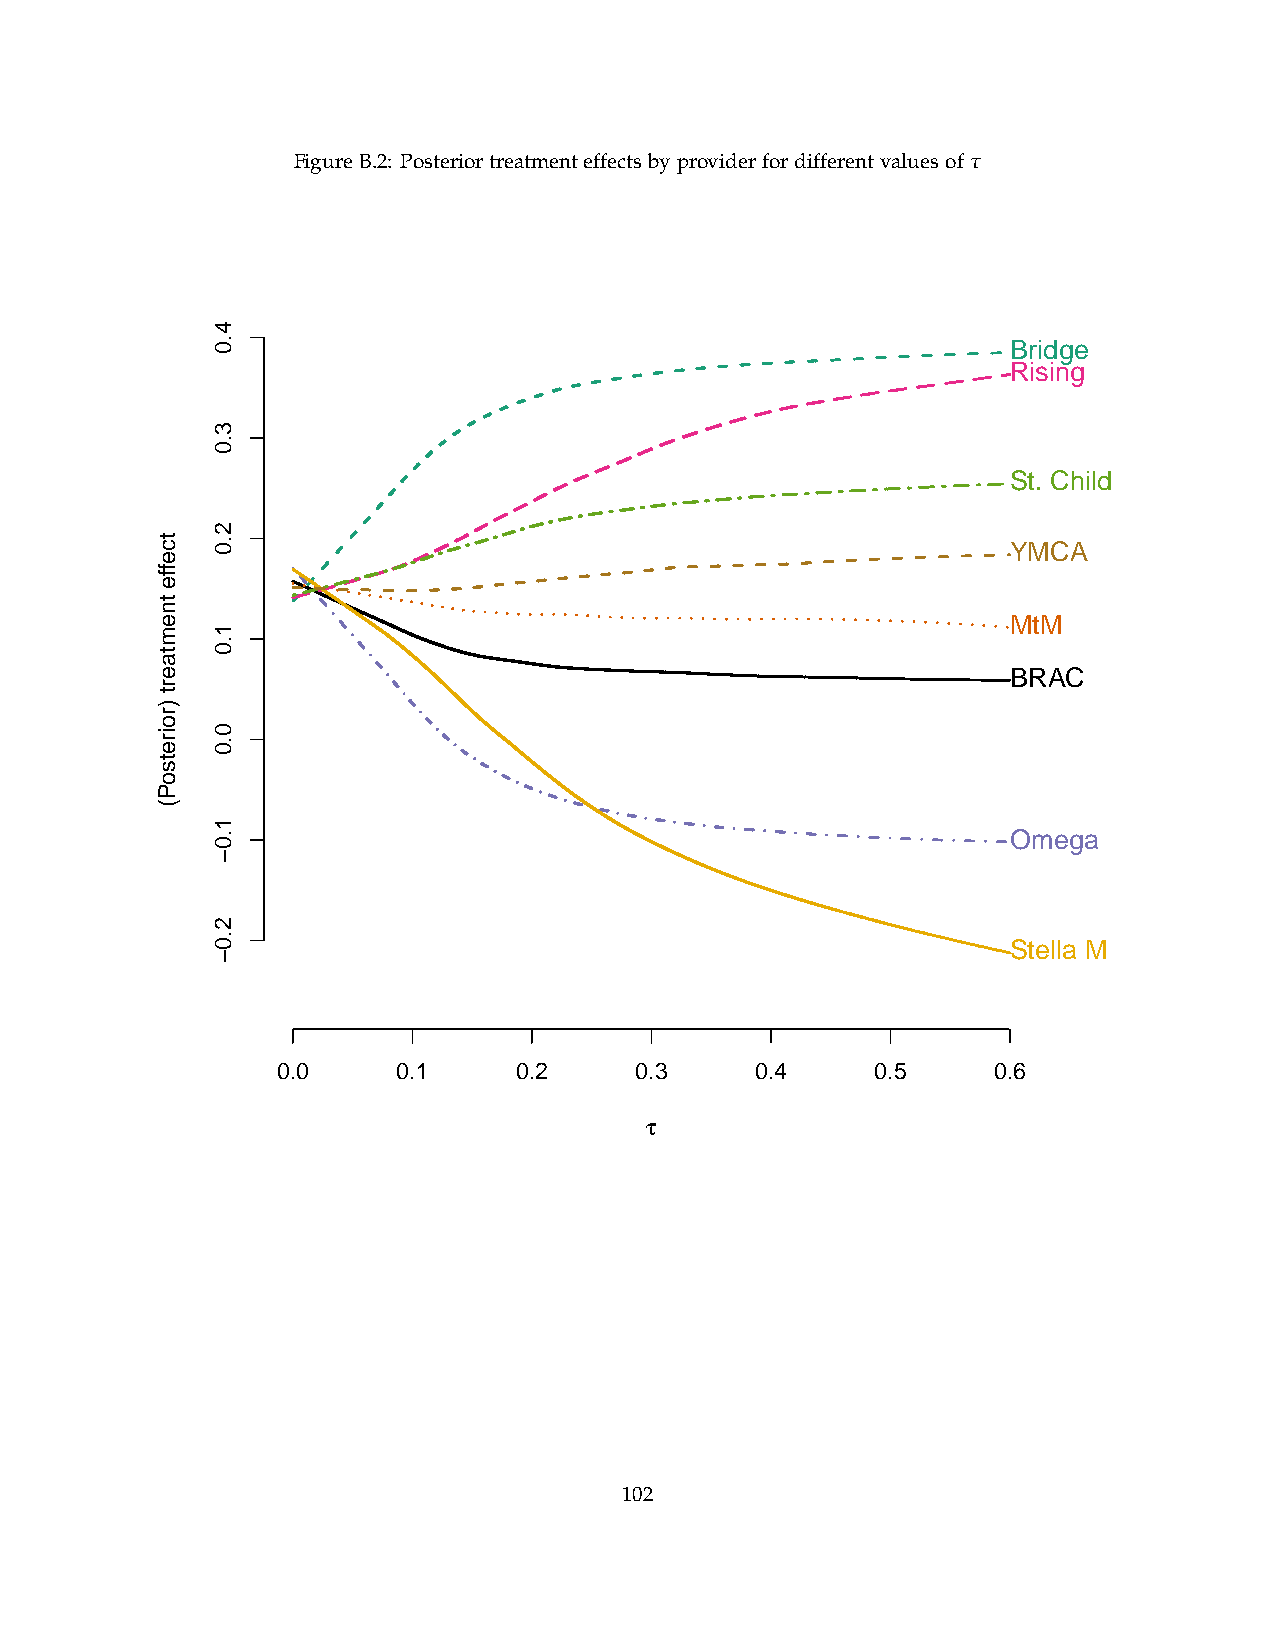
FigureB.2: Posteriortreatmenteffectsbyproviderfordifferentvaluesof τ
 Bridge
 Rising
 St. Child
 YMCA
 MtM
 BRAC
 Omega
 Stella M
 0.0     0.1     0.2     0.3     0.4     0.5     0.6
 t
 102
 tceffe
 tnemtaert
 )roiretsoP(
 4.0
 3.0
 2.0
 1.0
 0.0
 1.0−
 2.0−